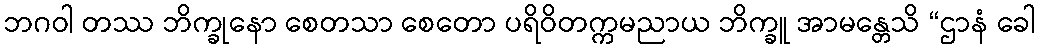
ဘဂဝါ တဿ ဘိက္ခုနော စေတသာ စေတော ပရိဝိတက္ကမညာယ ဘိက္ခူ အာမန္တေသိ “ဌာနံ ခေါ